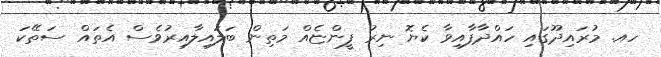
ހއ. މުރައިދޫގައި ހައްދާފާއިވާ ކެޔޮ ނިރު ފީންޏެއް މަތިން ބަލައިލާއިރުވެސް އެތައް ސަތޭކަ